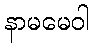
နာမမေဝါ